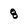
Character: 8